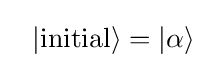
~~|{\rm {initial}}\rangle =|\alpha \rangle ~